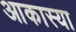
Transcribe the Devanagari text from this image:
आकास्या